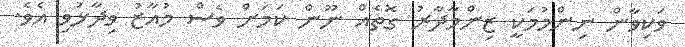
ވަކިވާން ނިންމުމަކީ ޒިންމާދާރު ގޮތެއް ނޫން ކަމަށް ވެސް މުއާޒު ވިދާޅުވި އެވެ.